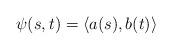
LaTeX: \begin{align*}\psi(s,t) = \langle a(s), b(t)\rangle \end{align*}